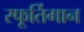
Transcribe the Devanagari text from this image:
स्फूर्तिगान